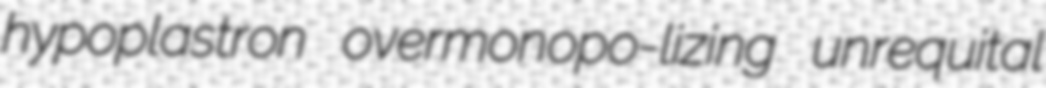
hypoplastron overmonopo-lizing unrequital